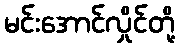
မင်းအောင်လှိုင်တို့